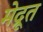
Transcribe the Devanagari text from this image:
मेद्रूत